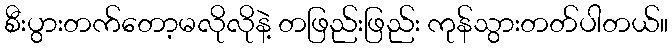
စီးပွားတက်တော့မလိုလိုနဲ့ တဖြည်းဖြည်း ကုန်သွားတတ်ပါတယ်။